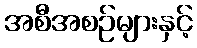
အစီအစဉ်များနှင့်